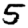
Digit: 5